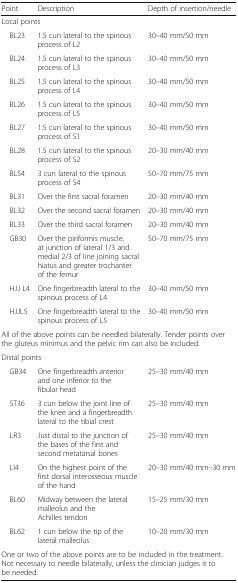
<table><thead><tr><td><b>Point</b></td><td><b>Description</b></td><td><b>Depth of insertion/needle</b></td></tr></thead><tbody><tr><td colspan="3">Local points</td></tr><tr><td> BL23</td><td>1.5 cun lateral to the spinous process of L2</td><td>30–40 mm/50 mm</td></tr><tr><td> BL24</td><td>1.5 cun lateral to the spinous process of L3</td><td>30–40 mm/50 mm</td></tr><tr><td> BL25</td><td>1.5 cun lateral to the spinous process of L4</td><td>30–40 mm/50 mm</td></tr><tr><td> BL26</td><td>1.5 cun lateral to the spinous process of L5</td><td>30–40 mm/50 mm</td></tr><tr><td> BL27</td><td>1.5 cun lateral to the spinous process of S1</td><td>30–40 mm/50 mm</td></tr><tr><td> BL28</td><td>1.5 cun lateral to the spinous process of S2</td><td>20–30 mm/40 mm</td></tr><tr><td> BL54</td><td>3 cun lateral to the spinous process of S4</td><td>50–70 mm/75 mm</td></tr><tr><td> BL31</td><td>Over the first sacral foramen</td><td>20–30 mm/40 mm</td></tr><tr><td> BL32</td><td>Over the second sacral foramen</td><td>20–30 mm/40 mm</td></tr><tr><td> BL33</td><td>Over the third sacral foramen</td><td>20–30 mm/40 mm</td></tr><tr><td> GB30</td><td>Over the piriformis muscle, at junction of lateral 1/3 and medial 2/3 of line joining sacral hiatus and greater trochanter of the femur</td><td>50–70 mm/75 mm</td></tr><tr><td> HJJ L4</td><td>One fingerbreadth lateral to the spinous process of L4</td><td>30–40 mm/50 mm</td></tr><tr><td> HJJL5</td><td>One fingerbreadth lateral to the spinous process of L5</td><td>30–40 mm/50 mm</td></tr><tr><td colspan="3">All of the above points can be needled bilaterally. Tender points over the gluteus minimus and the pelvic rim can also be included.</td></tr><tr><td colspan="3">Distal points</td></tr><tr><td> GB34</td><td>One fingerbreadth anterior and one inferior to the fibular head</td><td>25–30 mm/40 mm</td></tr><tr><td> ST36</td><td>3 cun below the joint line of the knee and a fingerbreadth lateral to the tibial crest</td><td>25–30 mm/40 mm</td></tr><tr><td> LR3</td><td>Just distal to the junction of the bases of the first and second metatarsal bones</td><td>25–30 mm/40 mm</td></tr><tr><td> LI4</td><td>On the highest point of the first dorsal interosseous muscle of the hand</td><td>20–30 mm/40 mm–30 mm</td></tr><tr><td> BL60</td><td>Midway between the lateral malleolus and the Achilles tendon</td><td>15–25 mm/30 mm</td></tr><tr><td> BL62</td><td>1 cun below the tip of the lateral malleolus</td><td>10–20 mm/30 mm</td></tr><tr><td colspan="3">One or two of the above points are to be included in the treatment. Not necessary to needle bilaterally, unless the clinician judges it to be needed.</td></tr></tbody></table>